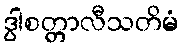
ဒွါစတ္တာလီသတိမံ